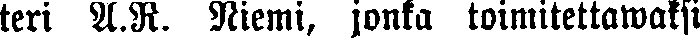
teri A.R. Niemi, jonka toimitettawaksi